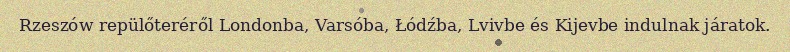
Rzeszów repülőteréről Londonba, Varsóba, Łódźba, Lvivbe és Kijevbe indulnak járatok.